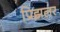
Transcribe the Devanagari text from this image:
प्रिझलर